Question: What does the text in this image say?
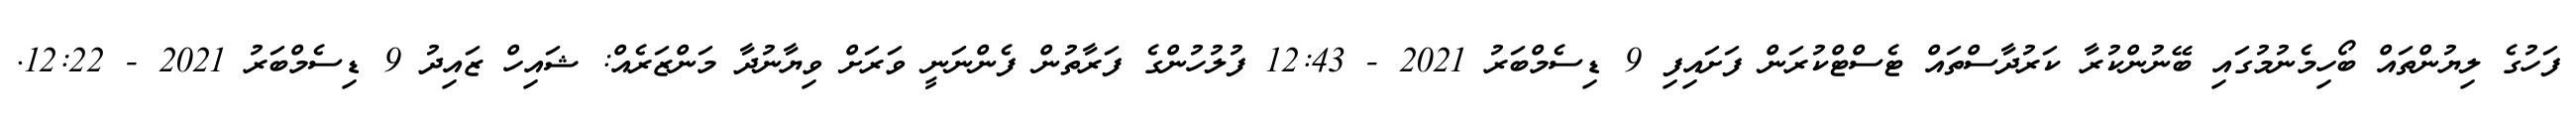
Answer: ފަހުގެ ލިޔުންތައް ބޯހިމެނުމުގައި ބޭނުންކުރާ ކަރުދާސްތައް ޓެސްޓްކުރަން ފަށައިފި 9 ޑިސެމްބަރު 2021 - 12:43 ފުލުހުންގެ ފަރާތުން ފެންނަނީ ވަރަށް ވިޔާނުދާ މަންޒަރެއް: ޝައިހް ޒައިދު 9 ޑިސެމްބަރު 2021 - 12:22.